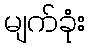
မျက်ခုံး